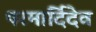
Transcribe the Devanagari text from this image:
परमार्दिदेव